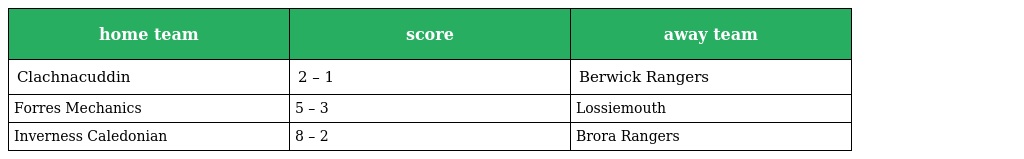
| home team | score | away team |
 | --- | --- | --- |
 | Clachnacuddin | 2 – 1 | Berwick Rangers |
 | Forres Mechanics | 5 – 3 | Lossiemouth |
 | Inverness Caledonian | 8 – 2 | Brora Rangers |